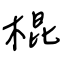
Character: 棍